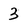
Character: 3